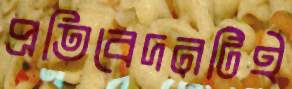
প্রতিবেদনটিই